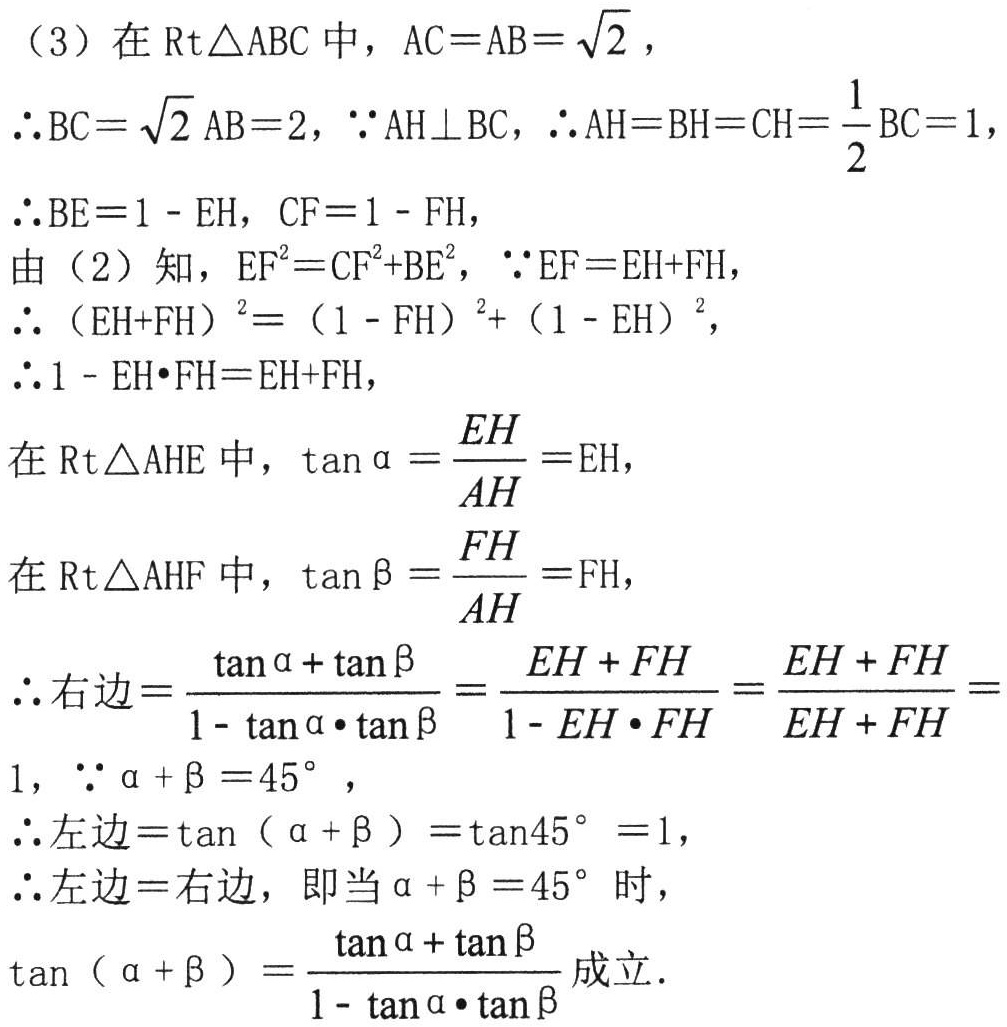
（3）在\(\text{Rt}\triangle ABC\)中，\(AC = AB=\sqrt{2}\)，
\(\therefore BC=\sqrt{2}AB = 2\)，\(\because AH\perp BC\)，\(\therefore AH = BH=CH=\frac{1}{2}BC = 1\)，
\(\therefore BE = 1 - EH\)，\(CF = 1 - FH\)，
由（2）知，\(EF^{2}=CF^{2}+BE^{2}\)，\(\because EF = EH + FH\)，
\(\therefore (EH + FH)^{2}=(1 - FH)^{2}+(1 - EH)^{2}\)，
\(\therefore 1 - EH\cdot FH=EH + FH\)，
在\(\text{Rt}\triangle AHE\)中，\(\tan\alpha=\frac{EH}{AH}=EH\)，
在\(\text{Rt}\triangle AHF\)中，\(\tan\beta=\frac{FH}{AH}=FH\)，
\(\therefore\)右边\(=\frac{\tan\alpha+\tan\beta}{1 - \tan\alpha\cdot\tan\beta}=\frac{EH + FH}{1 - EH\cdot FH}=\frac{EH + FH}{EH + FH}=1\)，\(\because\alpha+\beta = 45^{\circ}\)，
\(\therefore\)左边\(=\tan(\alpha+\beta)=\tan45^{\circ}=1\)，
\(\therefore\)左边\(=\)右边，即当\(\alpha+\beta = 45^{\circ}\)时，
\(\tan(\alpha+\beta)=\frac{\tan\alpha+\tan\beta}{1 - \tan\alpha\cdot\tan\beta}\)成立.